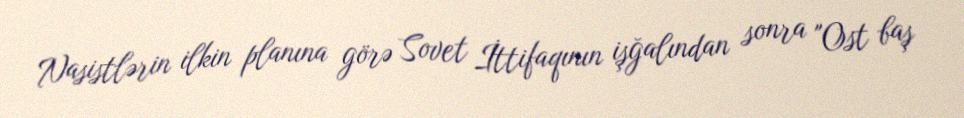
Nasistlərin ilkin planına görə Sovet İttifaqının işğalından sonra "Ost baş